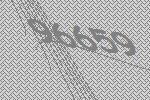
96659